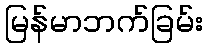
မြန်မာဘက်ခြမ်း